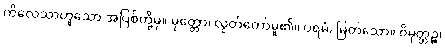
ကိလေသာဟူသော အပြစ်တို့မှ။ မုတ္တော၊ လွတ်တော်မူ၏။ ပရမံ၊ မြတ်သော။ ဝိမုတ္တဉ္စ၊